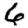
Digit: 6